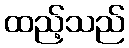
ထည့်သည်